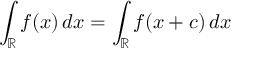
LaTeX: \int _ { \mathbb { R } } f ( x ) \, d x = \int _ { \mathbb { R } } f ( x + c ) \, d x